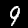
Label: 9